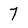
Character: 7